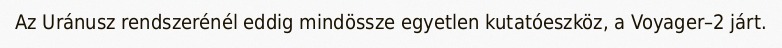
Az Uránusz rendszerénél eddig mindössze egyetlen kutatóeszköz, a Voyager–2 járt.